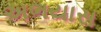
અભયાસ